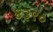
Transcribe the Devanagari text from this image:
४३९०